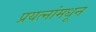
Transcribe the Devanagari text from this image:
प्रयत्‍नांमधून